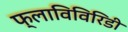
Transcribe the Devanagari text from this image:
फ्लाविविरिडी